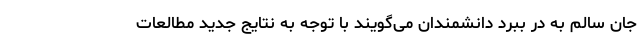
جان سالم به در ببرد دانشمندان می‌گویند با توجه به نتایج جدید مطالعات